Vaccination in the Punjab 1867-1880 - 1867-1880
Year: 1867
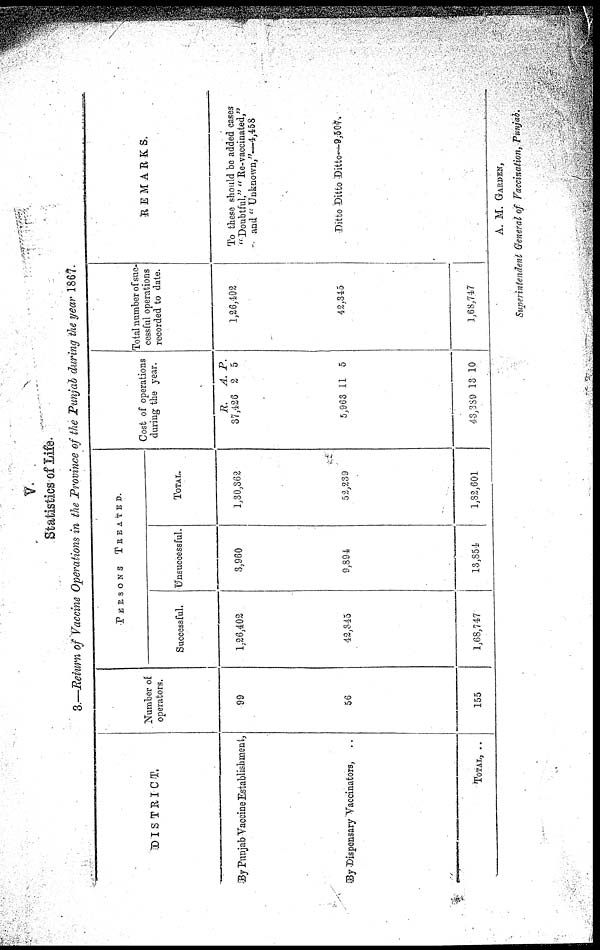
V.
Statistics of Life.
3.—Return of Vaccine Operations in the Province of the Punjab during the year 1867.
DISTRICT.
By Punjab Vaccine Establishment,
By Dispensary Vaccinators, ..
TOTAL, ..
Number of
operators.
99
56
155
PERSONS
TREATED.
Successful.
1,26,402
42,345
1,68,747
Unsuccessful.
3,960
9,894
13,854
TOTAL.
1,30,362
52,239
1,82,601
Cost of operations
during the year.
R.
37,426
5,963
43,339
A.
2
11
13
P.
5
5
10
Total number of suc-
cessful operations
recorded to date.
1,26,402
42,345
1,68,747
REMARKS.
To these should be added cases
''Doubtful," "Re-vaccinated,"
and
"Unknown,"—4,458
Ditto Ditto Ditto—9,507.
A. M. GARDEN,
Superintendent General of Vaccination, Punjab.